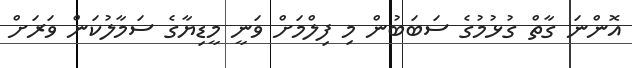
އޮންނަ ގާތް ގުޅުމުގެ ސަބަބުން މި ފިލްމަށް ވަނީ މީޑިޔާގެ ސަމާލުކަން ވަރަށް